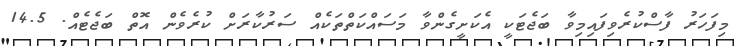
މިފަހަރު ފާސްކުރެވިފައިމިވާ ބަޖެޓަކީ އެކަށީގެންވާ މަސައްކަތްތަކެއް ސަރުކާރަށް ކުރެވެން އޮތް ބަޖެޓެއް. 14.5